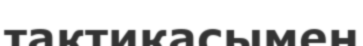
тактикасымен